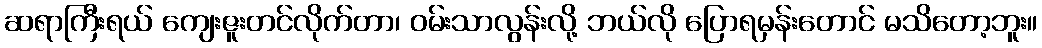
ဆရာကြီးရယ် ကျေးဇူးတင်လိုက်တာ၊ ဝမ်းသာလွန်းလို့ ဘယ်လို ပြောရမှန်းတောင် မသိတော့ဘူး။